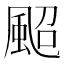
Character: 䫿